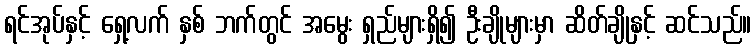
ရင်အုပ်နှင့် ရှေ့လက် နှစ် ဘက်တွင် အမွေး ရှည်များရှိ၍ ဦးချိုများမှာ ဆိတ်ချိုနှင့် ဆင်သည်။